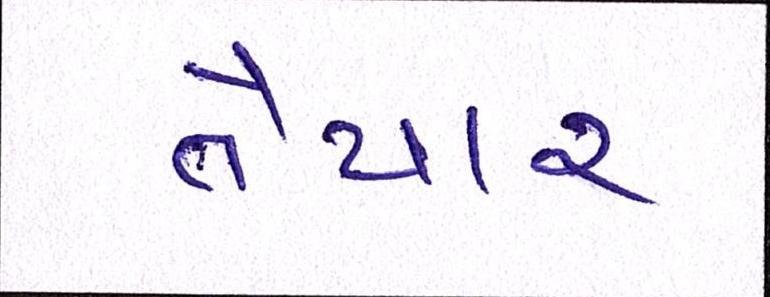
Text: તૈયાર